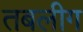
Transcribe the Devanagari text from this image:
तबलीग